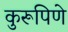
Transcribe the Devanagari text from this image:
कुरूपिणे